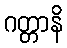
ဂတ္တာနိ